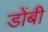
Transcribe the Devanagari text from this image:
डोंबी